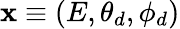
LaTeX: \textbf{x}\equiv(E,\theta_{d},\phi_{d})